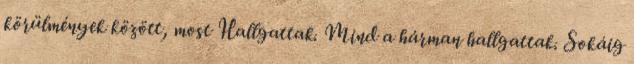
körülmények között, most Hallgattak. Mind a hárman hallgattak. Sokáig